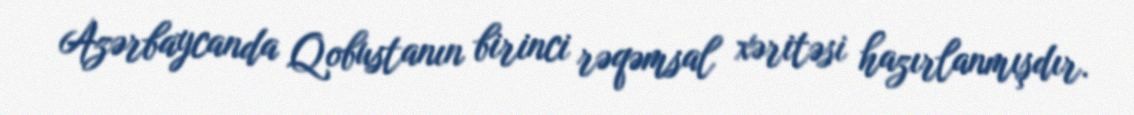
Azərbaycanda Qobustanın birinci rəqəmsal xəritəsi hazırlanmışdır.